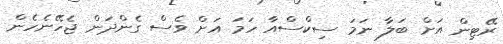
ރޭޓިން އަށް ބަލާ ނަމަ ސިކްސްއާ ހަމަ އަށް ވެސް ގެންދަން ޖެހޭނެހެން